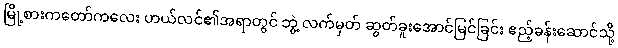
မြို့စားကတော်ကလေး ဟယ်လင်၏အရာတွင် ဘွဲ့ လက်မှတ် ဆွတ်ခူးအောင်မြင်ခြင်း ဧည့်ခန်းဆောင်သို့